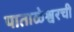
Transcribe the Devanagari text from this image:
पाताळेश्वरची